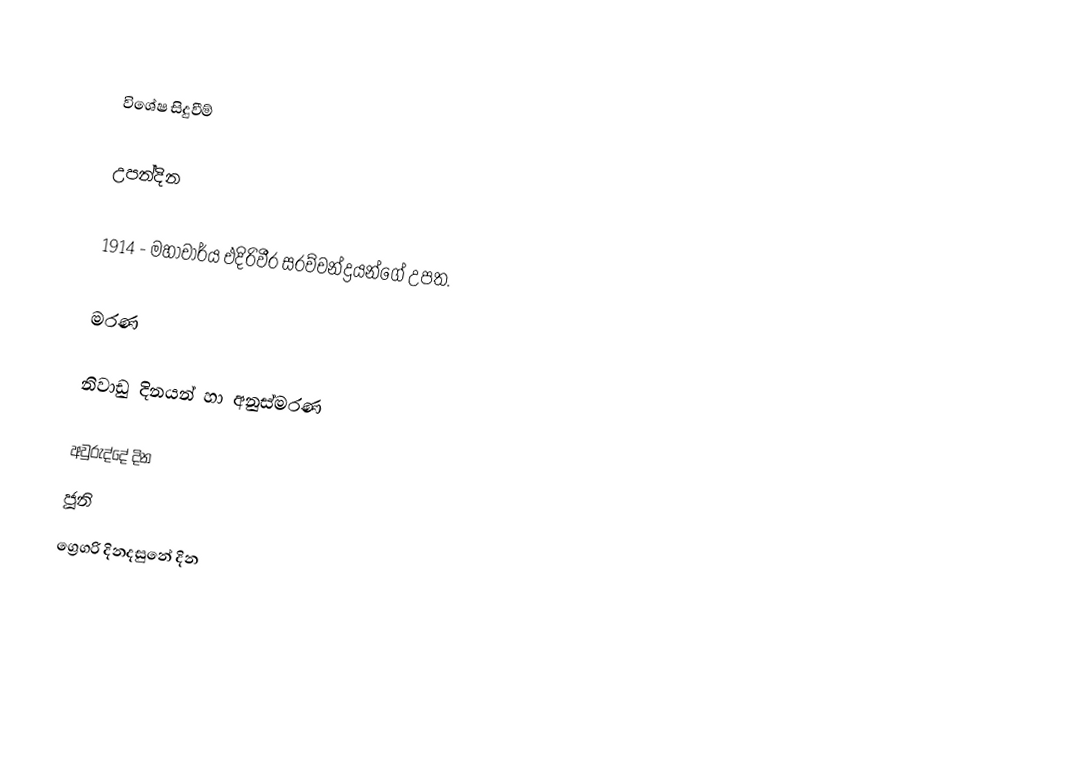

විශේෂ සිදුවීම්

උපන්දින

1914 - මහාචාර්ය එදිරිවීර සරච්චන්ද්‍රයන්ගේ උපත.

මරණ

නිවාඩු දිනයන් හා අනුස්මරණ

අවුරුද්දේ දින
ජූනි
ග්‍රෙගරි දිනදසුනේ දින